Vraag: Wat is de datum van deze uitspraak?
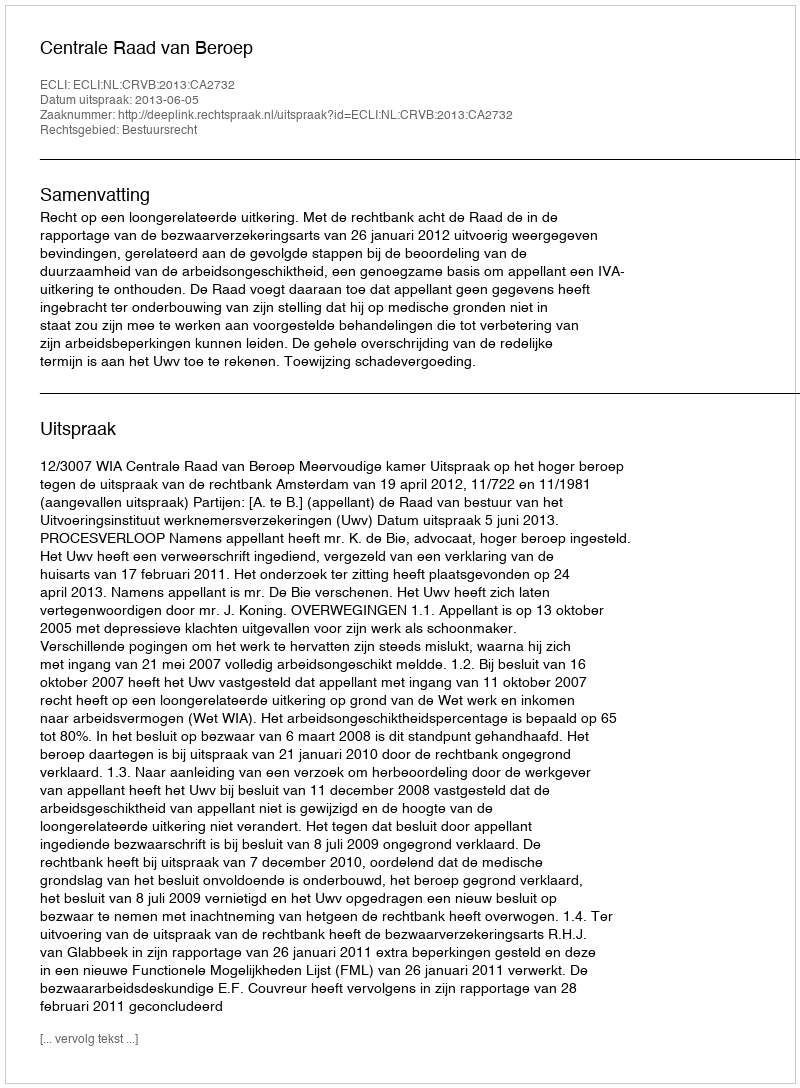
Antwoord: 2013-06-05